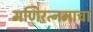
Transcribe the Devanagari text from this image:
मणिरत्नमाचा